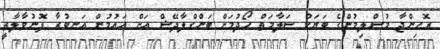
ރޮހިންޖާ މުސްލިމުންގެ ބަޔަކު ސަލާމަތް ހޯދުމަށް ބަންގްލާދޭޝް އަށް އައުމުން އަނބުރާ ފޮނުވާލާތީ